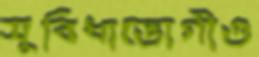
সুবিধাভোগীও